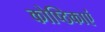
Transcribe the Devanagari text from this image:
कोष्ठिकाएं